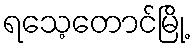
ရသေ့တောင်မြို့